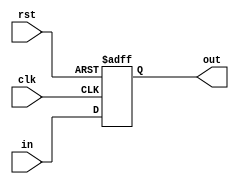
module Register32(
	input clk,
	input rst,
	input [31:0] in,
	output reg [31:0] out
);
	always @(posedge clk, posedge rst) begin
		if (rst) begin
			out <= 32'b0;
		end
		else begin
			out <= in;
		end
	end
endmodule